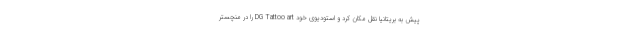
پیش به بریتانیا نقل مکان کرد و استودیوی خود DG Tattoo art را در منچستر